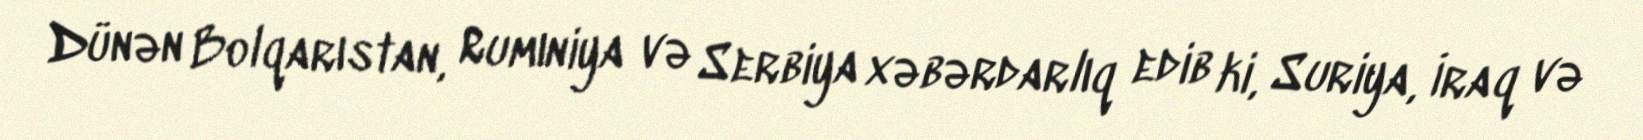
Dünən Bolqarıstan, Rumıniya və Serbiya xəbərdarlıq edib ki, Suriya, İraq və